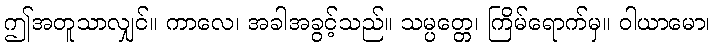
ဤအတူသာလျှင်။ ကာလေ၊ အခါအခွင့်သည်။ သမ္ပတ္တေ၊ ကြိမ်ရောက်မှ။ ဝါယာမော၊